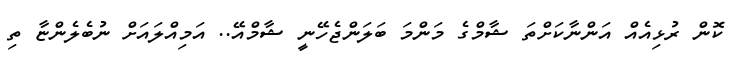
ކޮން ރުޅިއެއް އަންނާކަށްތަ ޝާމްގެ މަންމަ ބަލަންޖެހޭނީ ޝާމްއޭ.. އަމިއްލައަށް ނުބެލެންޏާ ތި